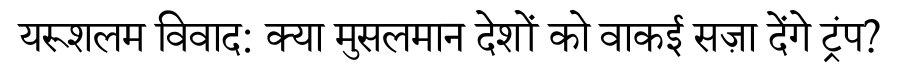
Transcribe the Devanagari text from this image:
यरूशलम विवाद: क्या मुसलमान देशों को वाकई सज़ा देंगे ट्रंप?